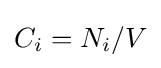
C_{i}=N_{i}/V\,\!